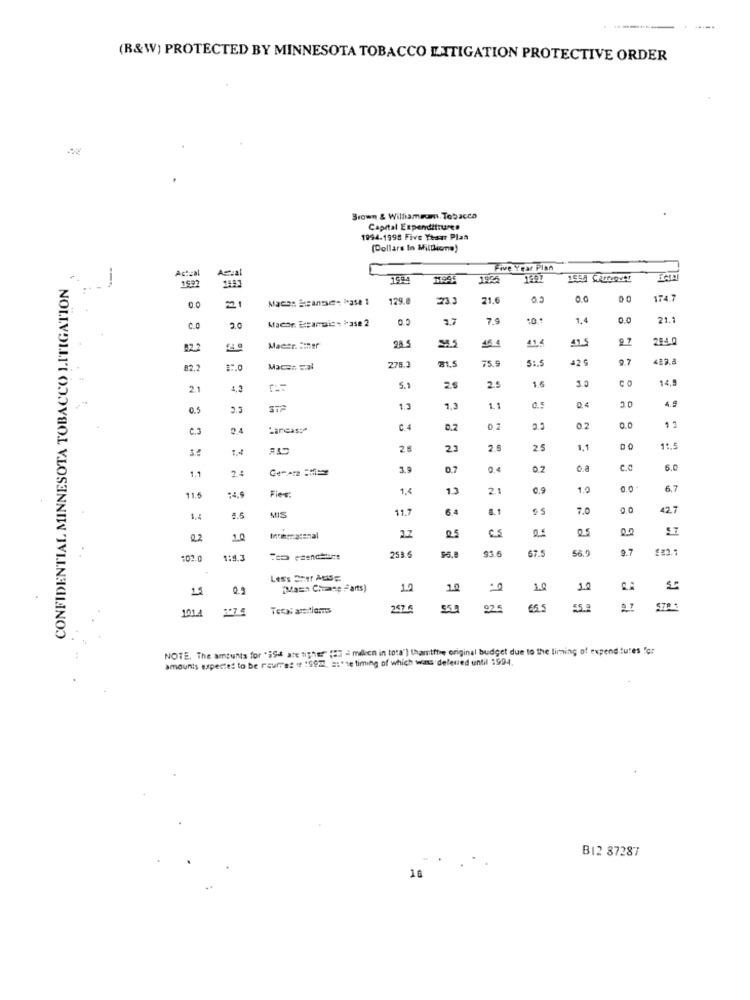
(B&W) PROTECTED BY MINNESOTA TOBACCO LITIGATION PROTECTIVE ORDER
Brown & Williamem Tobacco
Capital Expenditures
1994-1998 Five Yesar Plas
(Dollars In Mildliono)
Actual
Cal
Five Year Plan
CONFIDENTIAL MINNESOTA TOBACCO LITIGATION
1994
1995
21
Macos Seanse- * ase 1
129.8
21.6
00
0.0
174.7
Macor. Eramais * * ase 2
2.7
7.9
1,4
0.0
21.
C.O
2.0
414
495
284.0
32.2
Macer. Einer
278.3
75. 5
3: 5
2 5
427.3
82,2
Macon sal
1.5
3.0
14,0
2.1
4,2
5.1
26
2.5
O C
4.5
0.5
2.3
1.3
1.3
1.1
C.
Lancas :*
C 4
0.7
02
0.0
13
1.4
28
23
2.5
1.1
11,5
1.1
2.4
04
c.c
1.4
1.1
21
c.9
1.0
0.0
6.7
11.5
Fler
11.7
8.1
7.0
00
42.7
8.5
MIS
C.5
57
0.2
1.0
12
05
253
93.6
56.
9.7
#02.0
1:9.3
LEES SHIT AUSE
15
(Math Chuang Farts)
1.0
1.0
10
2.0
257.6
65.5
55.9
27
1011
NOTE. The amounts for 'iSe are tigher" (25 = milch in tota") thanitthe original budget due to the timing of expenditures "or
amounts expected to be raulT'es # 1992, a:" se timing of which was deleted until 1994.
B12 87287
10